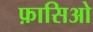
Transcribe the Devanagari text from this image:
फ़ासिओ